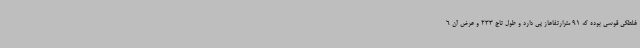
غلطکی قوسی بوده که 91 مترارتفاعاز پی دارد و طول تاج 233 و عرض آن 6